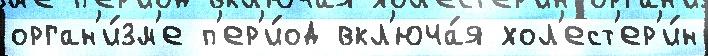
орган'и́зм'е п'ер'и́од вкл'юча́я хол'ест'ер'и́н